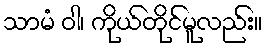
သာမံ ဝါ၊ ကိုယ်တိုင်မူလည်း။